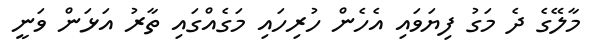
މާލޭގެ ދެ މަގު ފިޔަވައި އެހެން ހުރިހައި މަގެއްގައި ތާރު އަޅަން ވަނީ